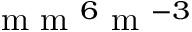
\mathrm { ~ m ~ m ~ } ^ { 6 } \mathrm { ~ m ~ } ^ { - 3 }